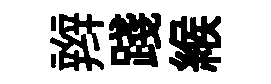
辫踐緱